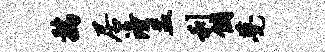
鸡居潼盂利个甍